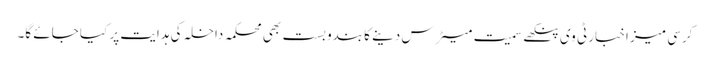
کرسی میز اخبار ٹی وی پنکھے سمیت میٹرس دینے کا بندوبست بھی محکمہ داخلہ کی ہدایت پر کیا جائے گا۔